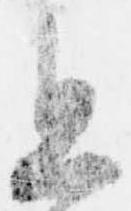
且